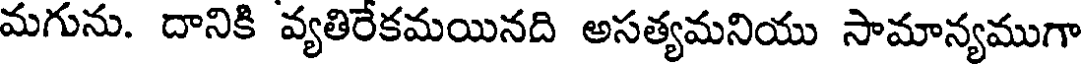
మగును. దానికి వ్యతిరేకమయినది అసత్యమనియు సామాన్యముగా